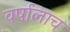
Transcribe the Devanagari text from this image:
वर्षालाच